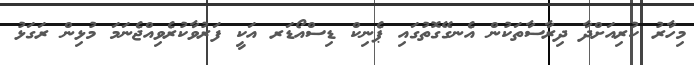
މިހާރު ކުރިއަށްދާ ދިރާސާތަކުން އެނގޭގޮތުގައި ޕެނިކް ޑިސްއޯޑަރ އަކީ ފަރުވާކުރެވިއްޖެނަމަ މުޅިން ރަގަޅު